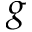
g